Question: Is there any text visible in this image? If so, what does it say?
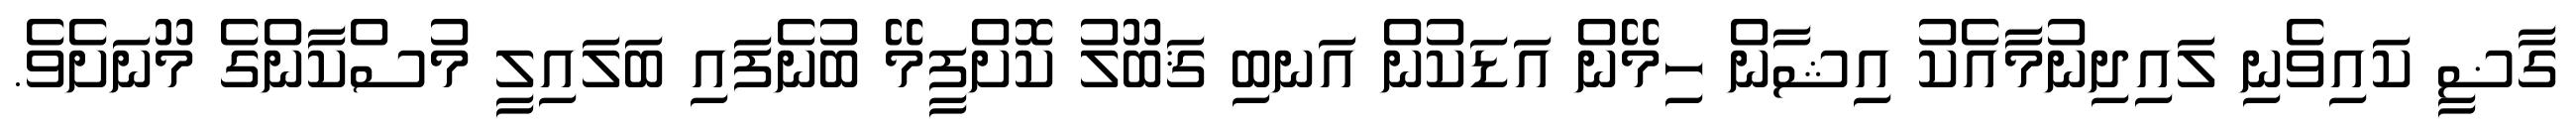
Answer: ގާޟީ ކައިވެނި ލައިދިނުމާއެކު އިޝާން ހިމޭން އަޑަކުން އަނބި ޤަބޫލު ކޮށްފީމޭ ބުނެފައި ބަލައިލީ މުސްކާންގެ މޫނަށެވެ.